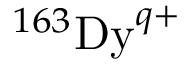
^ { 1 6 3 } \mathrm { D y } ^ { q + }